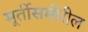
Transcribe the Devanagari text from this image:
मूर्तीसमोरील